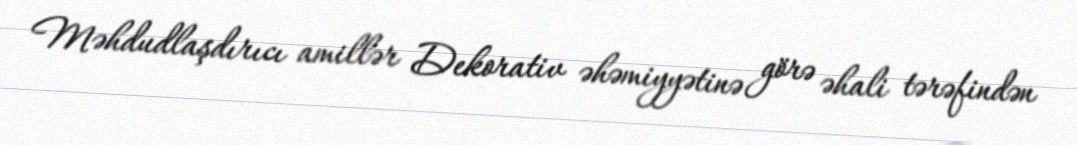
Məhdudlaşdırıcı amillər Dekorativ əhəmiyyətinə görə əhali tərəfindən